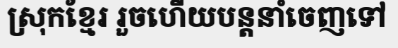
ស្រុកខ្មែរ រួចហើយបន្តនាំចេញទៅ